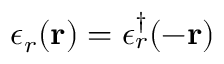
\epsilon _ { r } ( \mathbf { r } ) = \epsilon _ { r } ^ { \dagger } ( - \mathbf { r } )